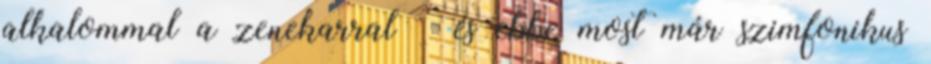
alkalommal a zenekarral – és ebbe most már szimfonikus